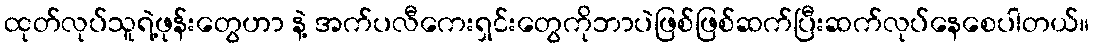
ထုတ်လုပ်သူရဲ့ဖုန်းတွေဟာ နဲ့ အက်ပလီကေးရှင်းတွေကိုဘာပဲဖြစ်ဖြစ်ဆက်ပြီးဆက်လုပ်နေစေပါတယ်။